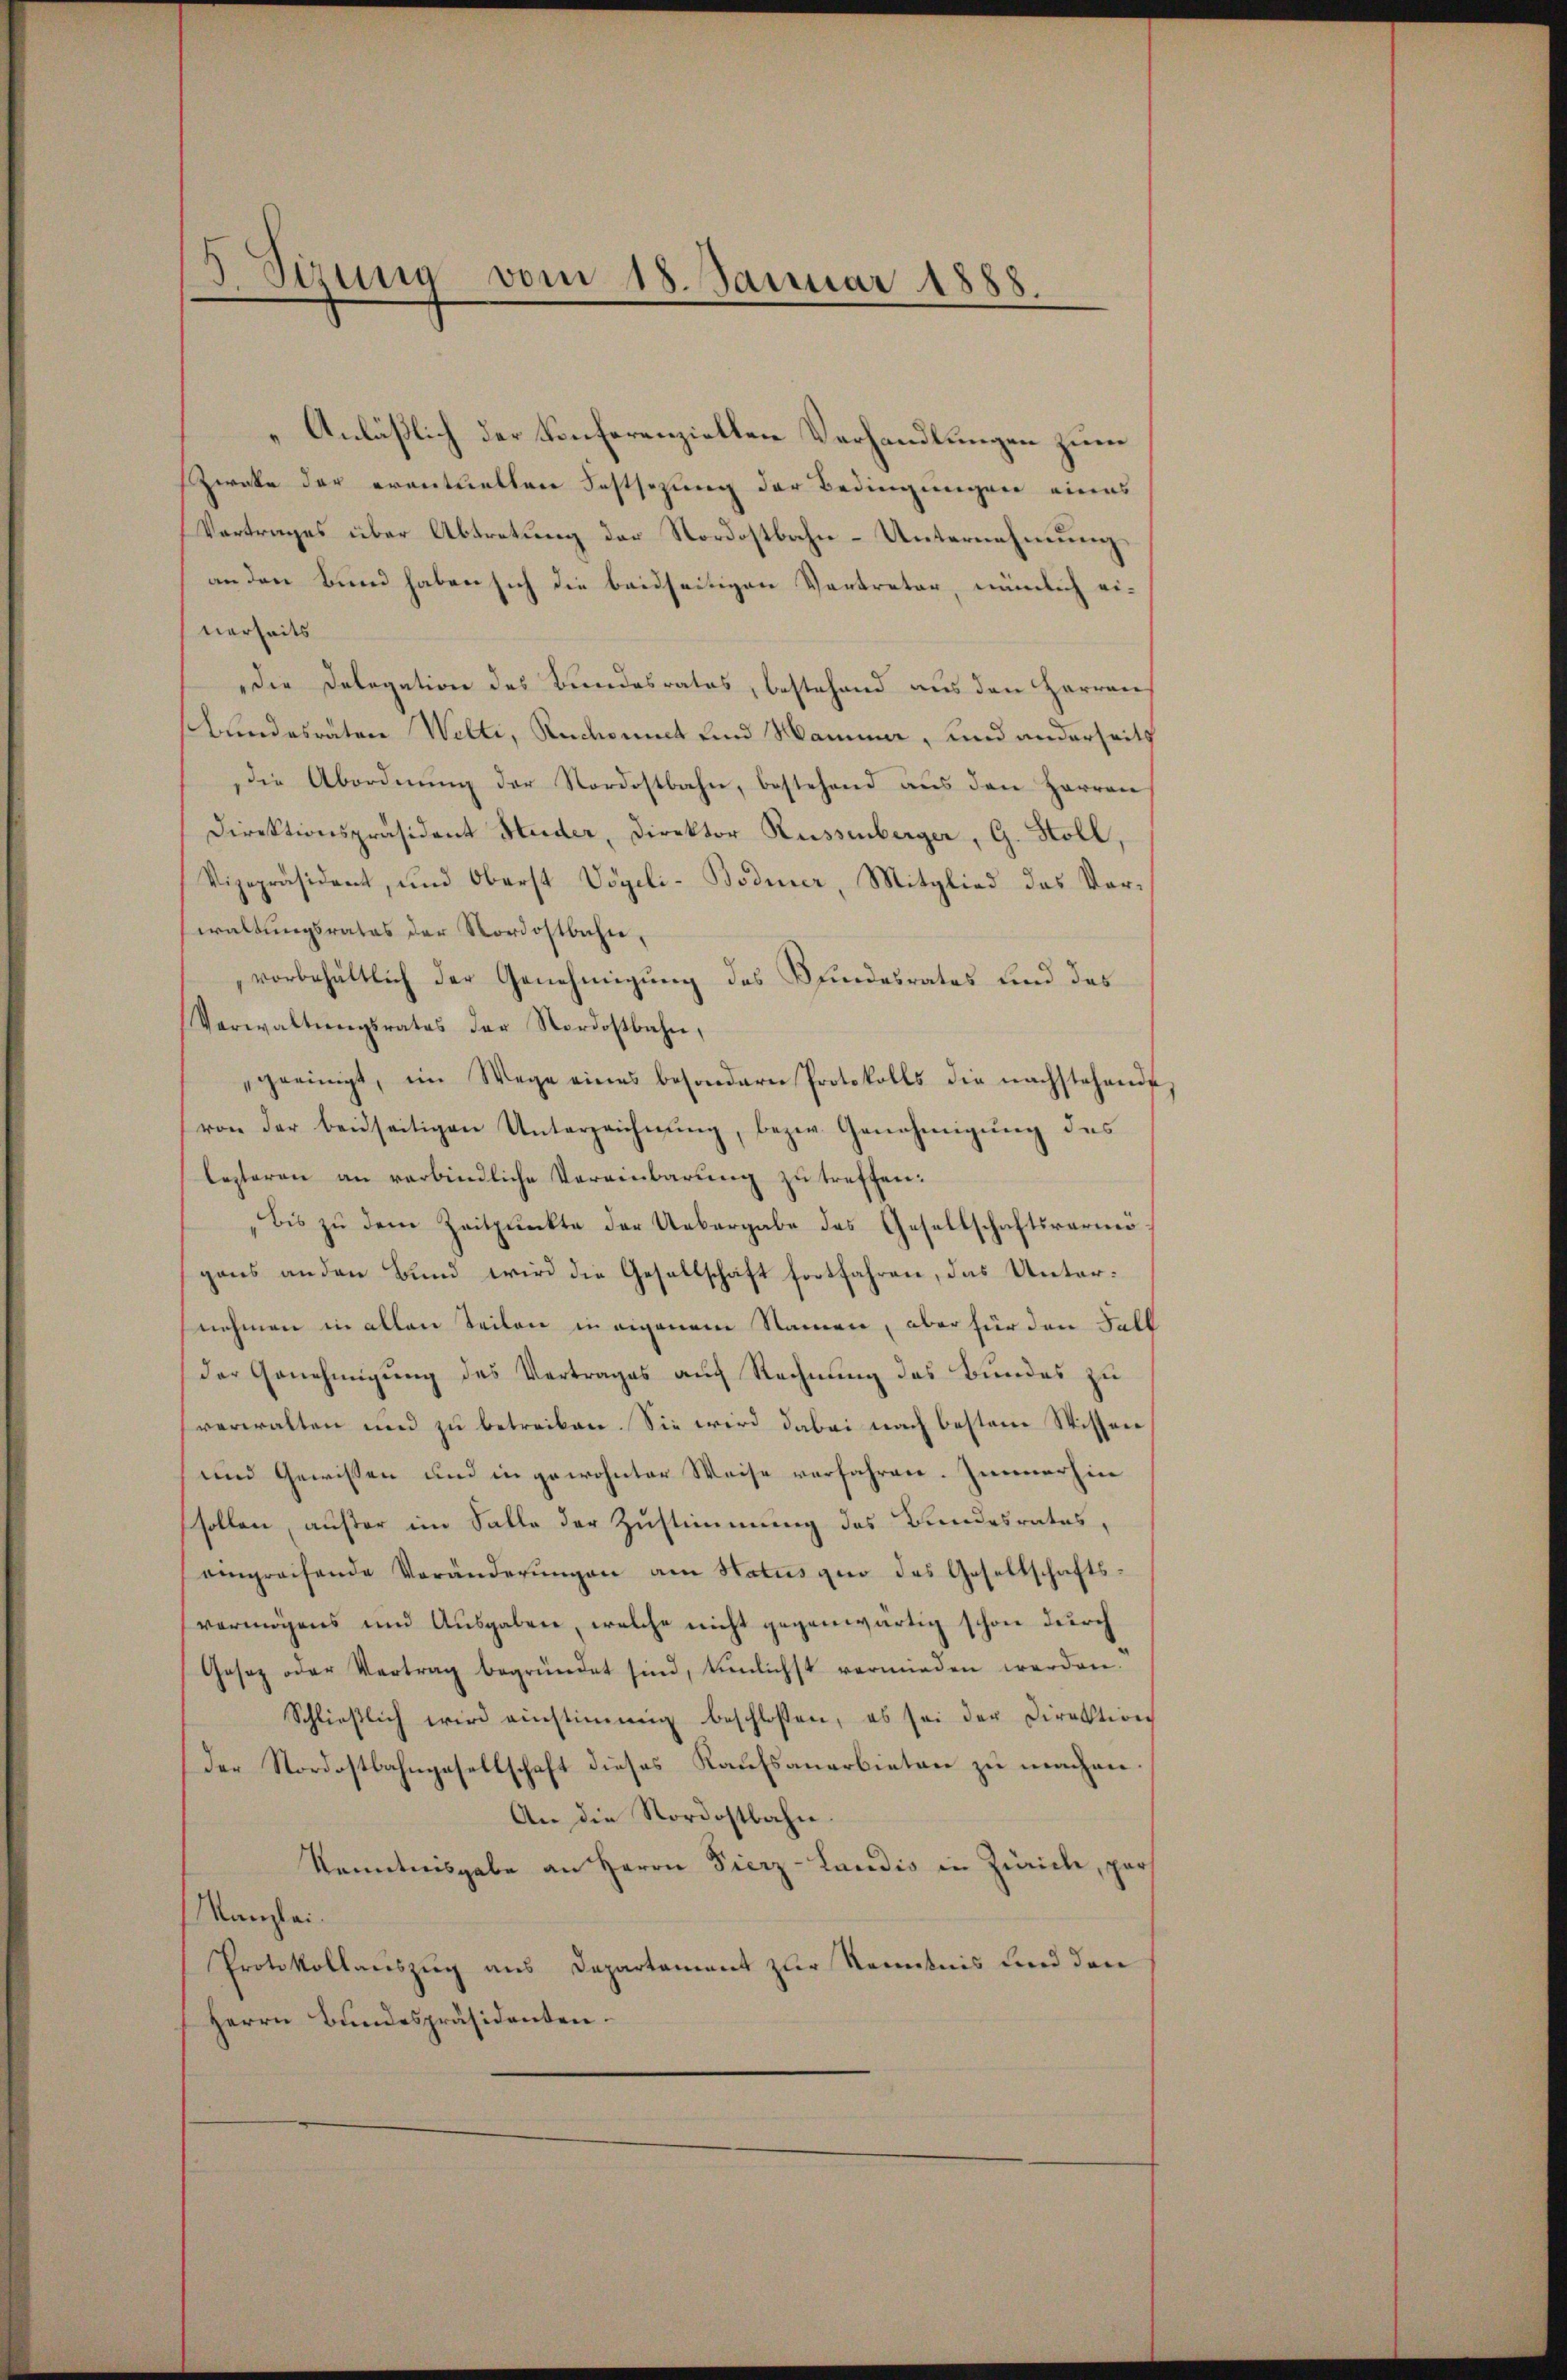
5 Sizung vom 18. Januar 1888.

Anläßlich der Konferenziellen Verhandlungen zum
Zweke der eventuellen Festsezung der Bedingungen eines
Vertrages über Abtretung der Nordostbahn-Unternehmung
an den Bund haben sich die beidseitigen Vertreter, nämlich ei-
varheits
Die Delegation des Bundesrates, bestehend aus den Herren
Bundesraten Welti, Rechnet und Mamma, und anderseits
die Abordnung der Nordostbahn, bestehend aus den Herren
Direktionspräsident Huder, Direktor Russenberger, G. Stoll,
Vizepräsident, und Oberst Vögeli-Bodmer, Mitglied das Vorwaltungsrates der Nordostbahn,
vorbehältlich der Genehmigung des Pfundesrates und das
Verwaltŭngsrates der Nordostbahn,
geeinigt, im Wege eines besondern Protokolls die nachstehende
von der beidseitigen Unterzeichnŭng, bezw. Genehmigŭng des
lezteren an verbindliche Vereinbarung zu treffen:
bis zu dem Zeitpunkte der Uebergabe des Gesellschaftsvermögans anden Bund wird die Gesellschaft fortfahren, das Unternehmen in allen Teilen in eigenem Namen, aber für den Fall
der Genehmigung des Vertrages auch Rechnung des Bundes zu
verwalten und zu betreiben. Sie wird dabei nach besten Wissere
und Gewissen und in gewohnter Weise verfahren. Immerhin
sollen, außer im Falle der Zustimmung des Bundesrates,
eingreifende Veränderŭngen am Status quo das Gesellschafts-
vermögens und Ausgaben, welche nicht gegenwärtig schon durch
Gesetz oder Vertrag begründet sind, tunlichst vermieden werden.
Schließlich wird einstimmig beschlossen, es sei der Direktion
Der Nordostbahngesellschaft dieses Kaufsanerbieten zu machen
An die Nordostbahn
Kenntnisgabe an Herrn Fierz- Landis in Zürich, par
Kanzlei.
Protokollauszug aus Departament zur Kenntnis und den
Herrn Bundespräsidenten.